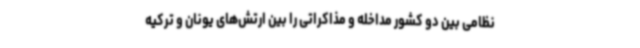
نظامی بین دو کشور مداخله و مذاکراتی را بین ارتش‌های یونان و ترکیه